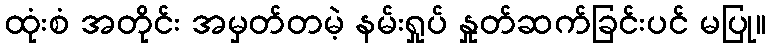
ထုံးစံ အတိုင်း အမှတ်တမဲ့ နမ်းရှုပ် နှုတ်ဆက်ခြင်းပင် မပြု။